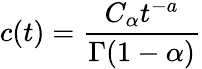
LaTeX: c(t)=\frac{C_{\alpha}t^{-a}}{\Gamma(1-\alpha)}